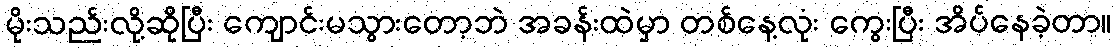
မိုးသည်းလို့ဆိုပြီး ကျောင်းမသွားတော့ဘဲ အခန်းထဲမှာ တစ်နေ့လုံး ကွေးပြီး အိပ်နေခဲ့တာ။